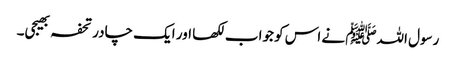
رسول اللہﷺ نے اس کو جواب لکھا اور ایک چادر تحفہ بھیجی۔